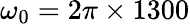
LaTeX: \omega_{0}=2\pi\times 1300